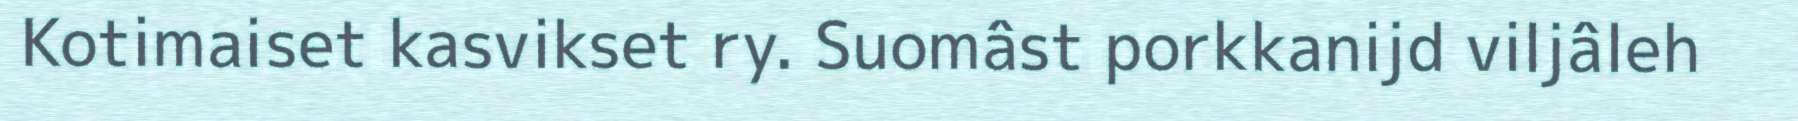
Kotimaiset kasvikset ry. Suomâst porkkanijd viljâleh